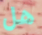
هل